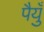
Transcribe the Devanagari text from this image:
पैयुँ